Triennial report on the lunatic asylums in the province of Eastern Bengal and Assam - 1903-1911
Year: 1903
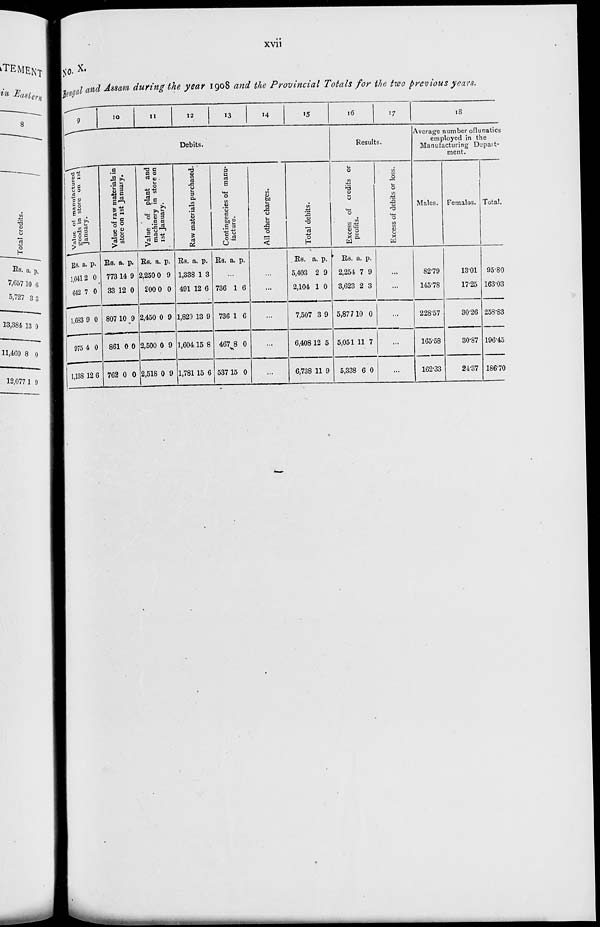
xvii
No. X.
Bengal and Assam during the year 1908 and the Provincial Totals for the two previous years.
9
10
11
12
13
14
15
Debits.
Value of manufactured
goods in store on 1 st
January.
Rs.
1,041
642
1,683
975
1,138
a.
2
7
9
4
12
p.
0
0
0
0
6
Value of raw materials in
store on 1st January.
Rs.
773
33
807
861
762
a.
14
12
10
0
0
p.
9
0
9
0
0
Value of plant and
machinery in store on
1st January.
Rs.
2,250
200
2,450
2,500
2,518
a.
0
0
0
0
0
p.
9
0
9
9
9
Raw materials purchased.
Rs.
1,338
491
1,820
1,604
1,781
a.
1
12
13
15
15
p.
3
6
9
8
6
Contingencies of manu-
facture.
Rs. a. p.
...
736
736
467
537
1
1
8
15
6
6
0
0
All other charges.
...
...
...
...
...
Total debits.
Rs.
5,403
2,104
7,507
6,408
6,738
a.
2
1
3
12
11
p.
9
0
9
5
9
16
17
Results.
Excess of credits or
profits.
Rs.
2,254
3,623
5,877
5,051
5,338
a.
7
2
10
11
6
p.
9
3
0
7
0
Excess of debits or loss.
...
...
...
...
...
18
Average number of lunatics
employed in the
Manufacturing Depart-
ment.
Males.
82.79
145.78
228.57
165.58
162.33
Females.
13.01
17.25
30.26
30.87
24.37
Total.
95.80
163.03
258.83
196.45
186.70